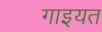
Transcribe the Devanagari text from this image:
गाइयत